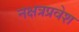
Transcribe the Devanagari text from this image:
नक्षत्रप्रवेश